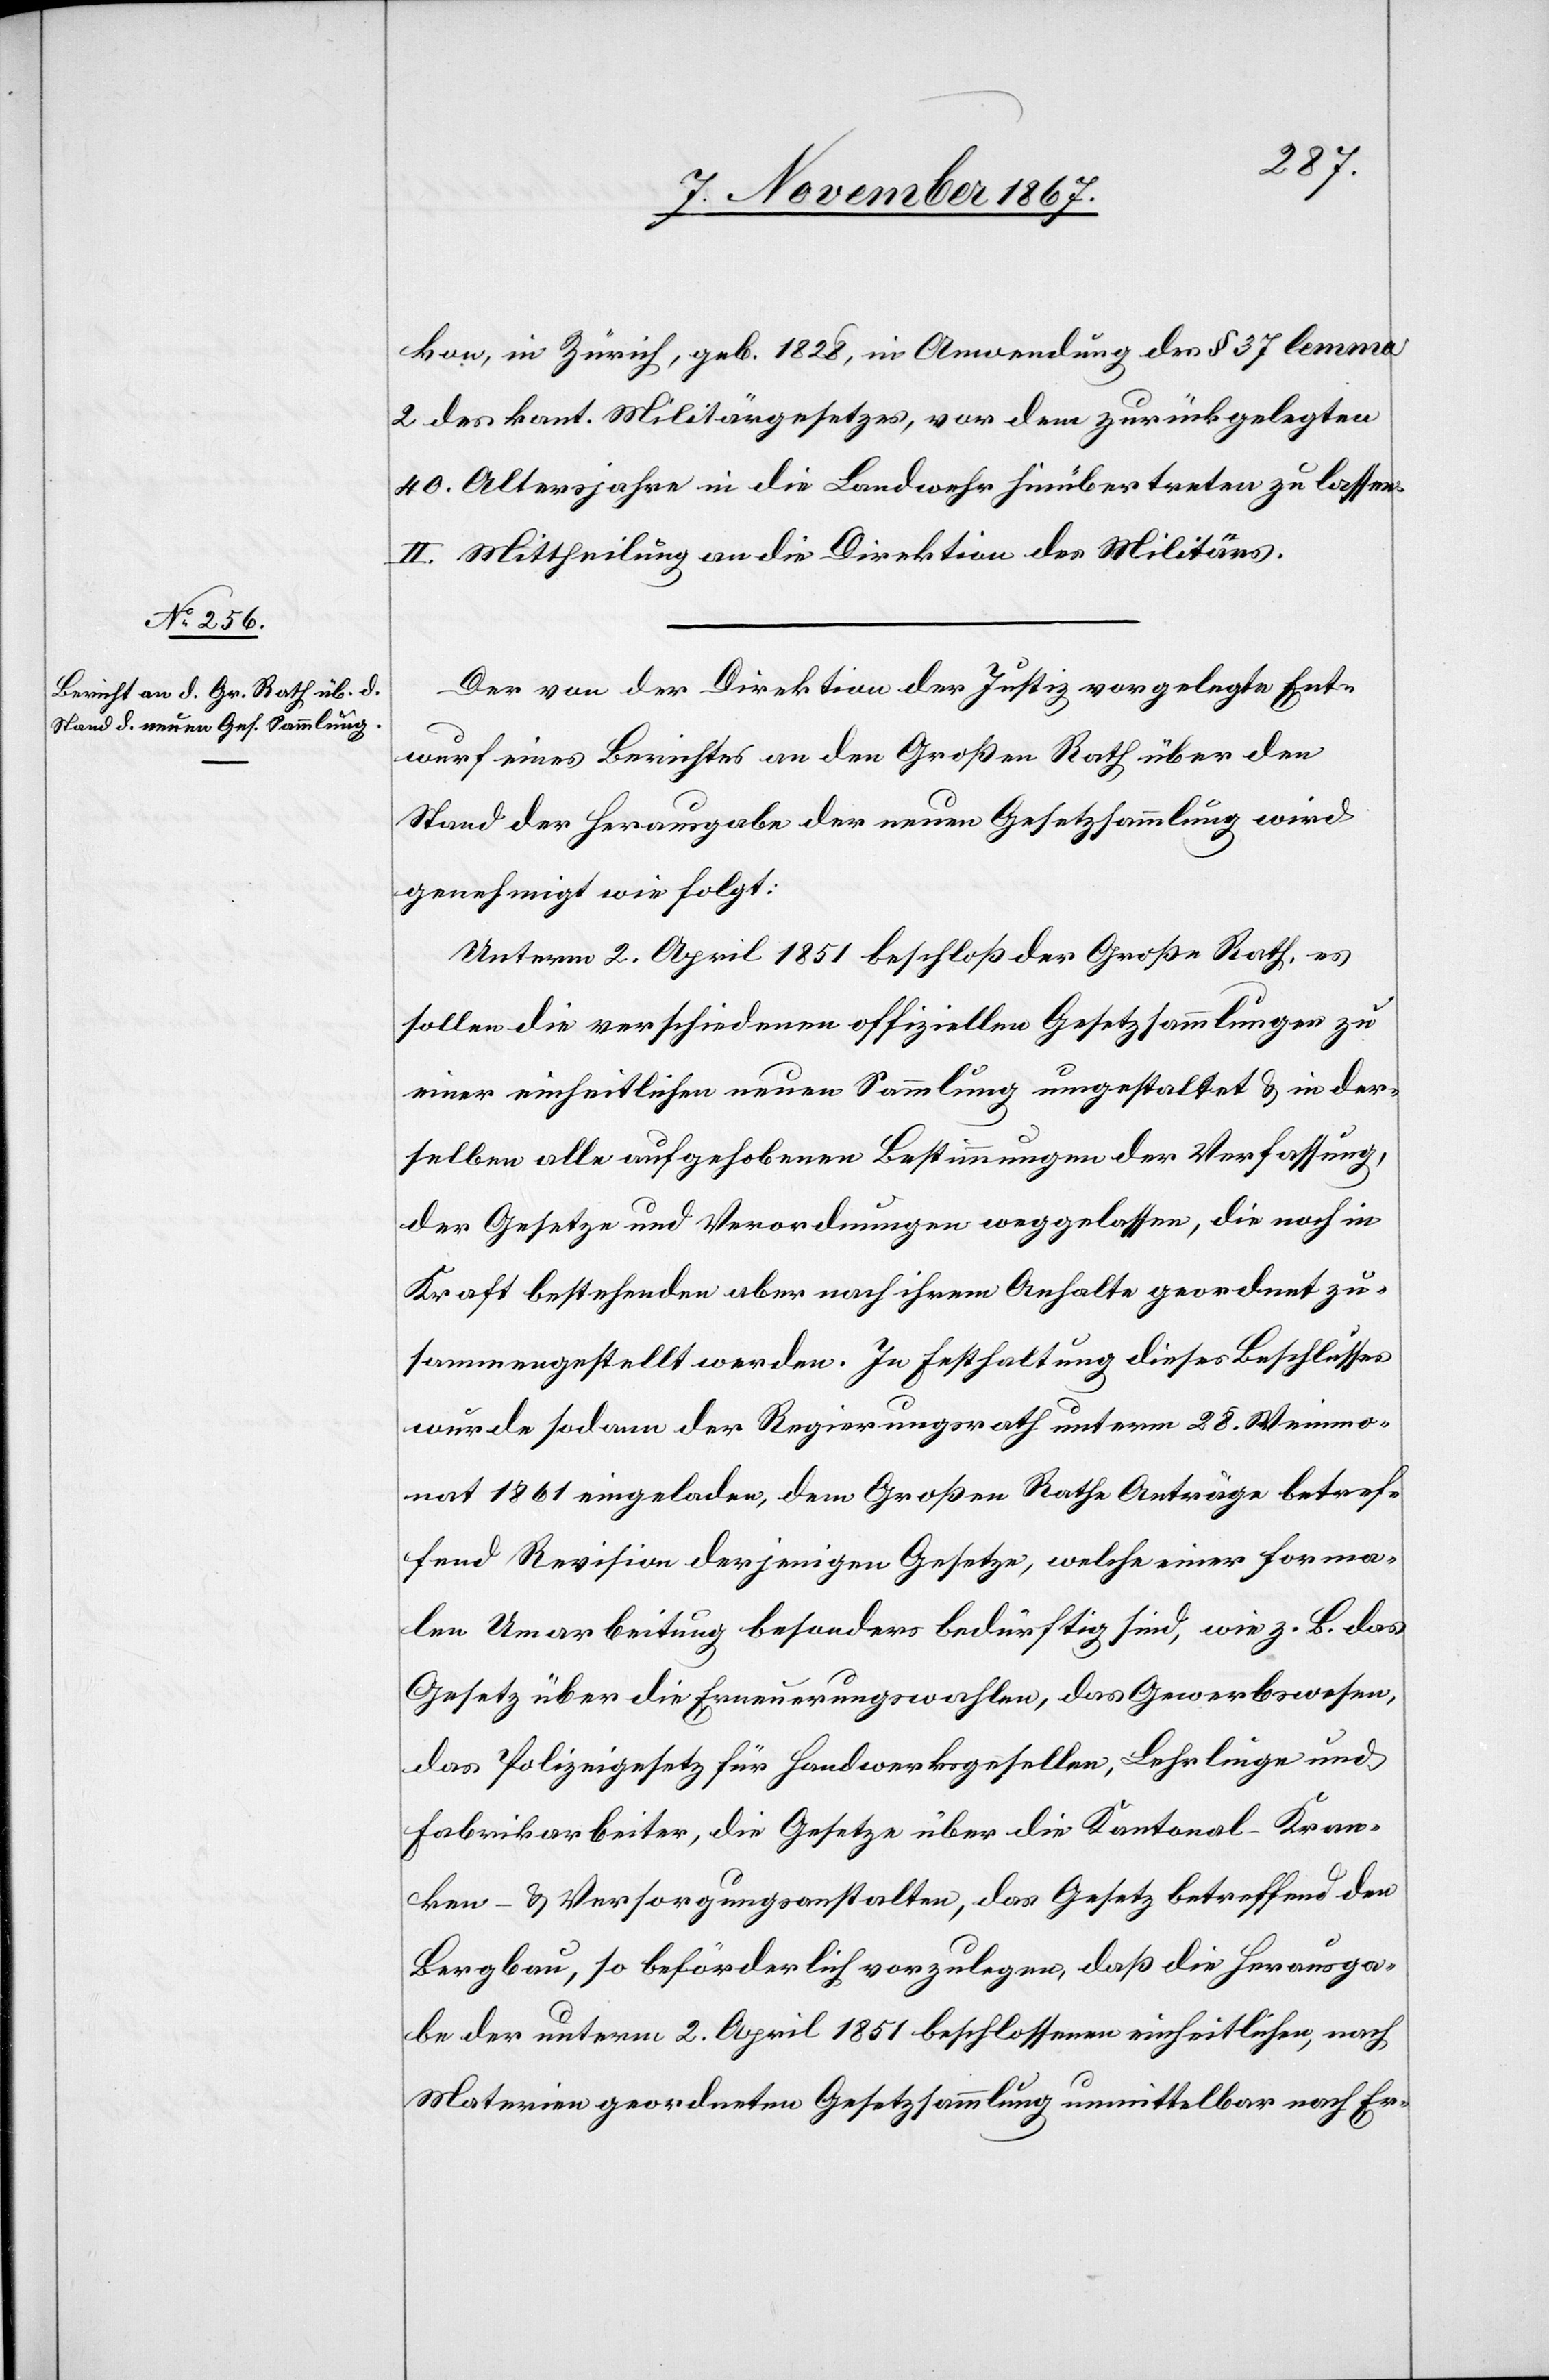
kon, in Zürich, geb. 1828, in Anwendung des § 37 lemma
2 des kant. Militärgesetzes, vor dem zurückgelegten
40. Altersjahr in die Landwehr hinübertreten zu lassen.
II. Mittheilung an die Direktion des Militärs.
Der von der Direktion der Justiz vorgelegte Ent¬
wurf eines Berichtes an den Großen Rath über den
Stand der Herausgabe der neuen Gesetzessammlung wird
genehmigt wie folgt:
Unterm 2. April 1851 beschloß der Große Rath, es
sollen die verschiedenen offiziellen Gesetzsammlungen zu
einer einheitlichen neuen Sammlung umgestaltet u. in der¬
selben alle aufgehobenen Bestimmungen der Verfassung,
der Gesetze und Verordnungen weggelassen, die noch in
Kraft bestehenden, aber nach ihrem Anhalte geordnet zu¬
sammenstellt werden. In Festhaltung dieses Beschlusses
wurde sodann der Regierungsrath unterm 28. Weinmo¬
nat 1861 eingeladen, dem Großen Rathe Anträge betref¬
fend Revision derjenigen Gesetze, welche einer forma¬
len Umarbeitung besonders bedürftig sind, wie z. B. das
Gesetz über die Erneuerungswahlen, das Gewerbswesen,
das Polizeigesetz für Handwerksgesellen, Lehrlinge und
Fabrikarbeiter, die Gesetze über die Kantonal-Kran¬
ken- u. Versorgungsanstalten, das Gesetz betreffend den
Bergbau, so beförderlich vorzulegen, daß die Herausga¬
be der unterm 2. April 1851 beschlossenen einheitlichen, nach
Materie geordneten Gesetzsammlung unmittelbar nach Er-